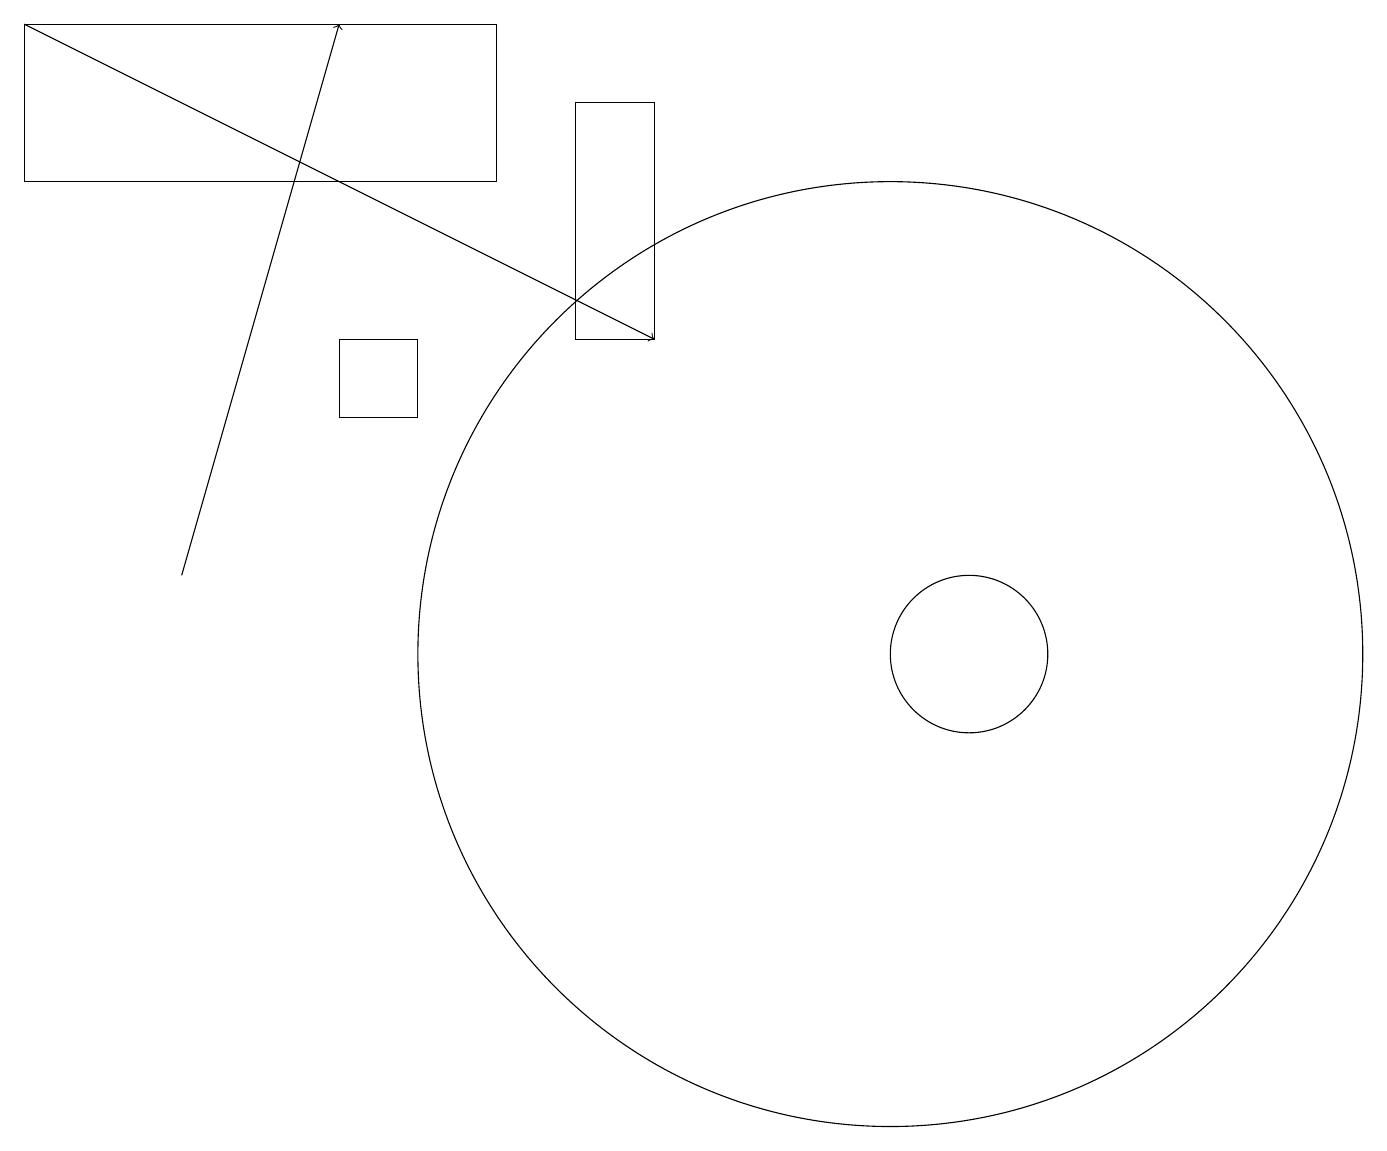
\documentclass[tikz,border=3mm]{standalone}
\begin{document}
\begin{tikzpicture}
\draw (5,14) rectangle (4,15);
\draw (11,11) circle (6);
\draw (6,19) rectangle (0,17);
\draw (8,18) rectangle (7,15);
\draw[->] (2,12) -- (4,19);
\draw[->] (0,19) -- (8,15);
\draw (12,11) circle (1);
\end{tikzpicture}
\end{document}